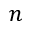
n